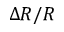
\Delta R / R